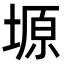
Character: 塬